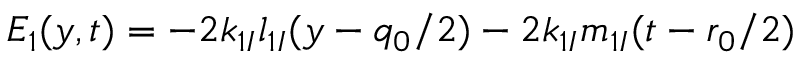
E _ { 1 } ( y , t ) = - 2 k _ { 1 I } l _ { 1 I } ( y - { q _ { 0 } } / { 2 } ) - 2 k _ { 1 I } m _ { 1 I } ( t - { r _ { 0 } } / { 2 } )